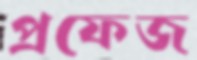
প্রফেজ